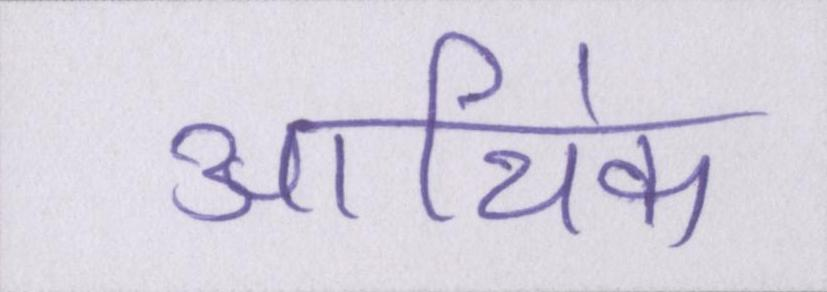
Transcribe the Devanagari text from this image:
आथि॑क